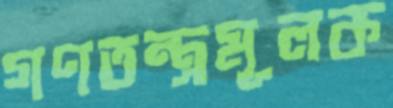
গণতন্ত্রমূলক